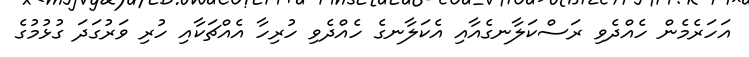
އަހަރެމެން ހެއްދެވި ރަސްކަލާނގެއާއި އެކަލާނގެ ހެއްދެވި ހުރިހާ އެއްޗަކާއި ހުރި ވަރުގަދަ ގުޅުމުގެ